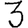
Digit: 3